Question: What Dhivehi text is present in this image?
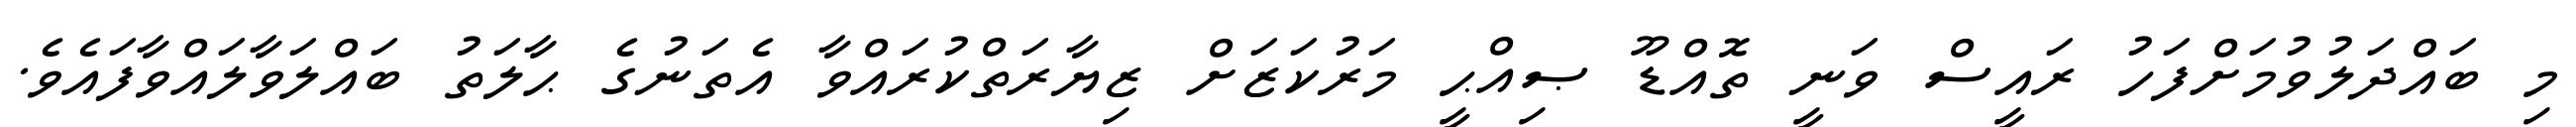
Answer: މި ބައްދަލުވުމަށްފަހު ރައީސް ވަނީ ތޮއްޑޫ ޞިއްޙީ މަރުކަޒަށް ޒިޔާރަތްކުރައްވާ އެތަނުގެ ޙާލަތު ބައްލަވާލައްވާފައެވެ.